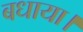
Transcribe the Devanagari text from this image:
बधाया।